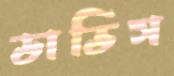
ডাভিস